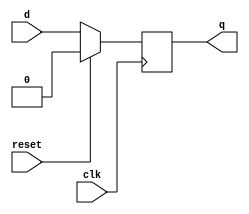
module d_ff (
  input wire clk,
  input wire reset,  // Active-High Reset
  input wire d,
  output reg q
  );
  
  always @(posedge clk) begin
    if (reset) begin
      q <= 1'b0;  // Reset state
    end
    else begin
      q <= d;     // D flip-flop behavior
    end  
  end
  
endmodule